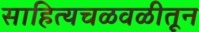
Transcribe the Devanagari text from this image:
साहित्यचळवळीतून